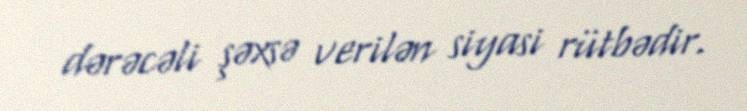
dərəcəli şəxsə verilən siyasi rütbədir.